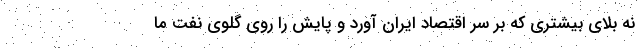
نه بلای بیشتری که بر سر اقتصاد ایران آورد و پایش را روی گلوی نفت ما